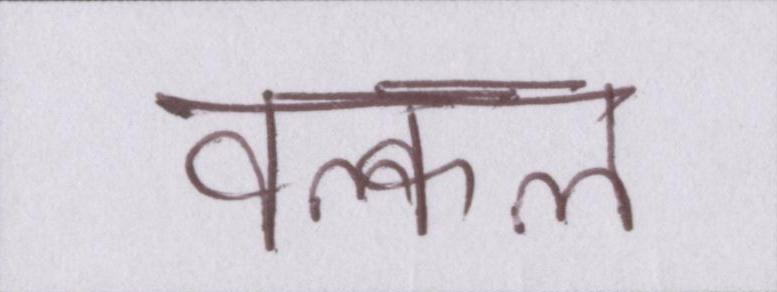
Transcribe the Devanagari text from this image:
वल्कल